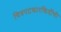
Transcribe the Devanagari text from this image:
चित्रपटकारकिर्दीची